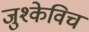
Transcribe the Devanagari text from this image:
जुश्केविच